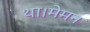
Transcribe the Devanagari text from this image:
था।मेमन